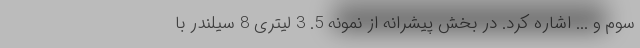
سوم و ... اشاره کرد. در بخش پیشرانه از نمونه 5. 3 لیتری 8 سیلندر با